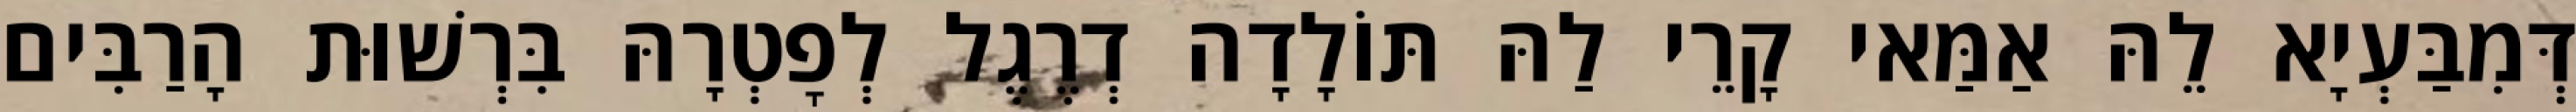
דְּמִבַּעְיָא לֵהּ אַמַּאי קָרֵי לַהּ תּוֹלָדָה דְרֶגֶל לְפׇטְרָהּ בִּרְשׁוּת הָרַבִּים